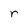
Character: r